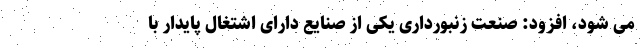
می شود، افزود: صنعت زنبورداری یکی از صنایع دارای اشتغال پایدار با